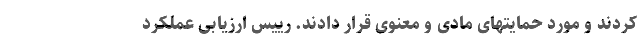
کردند و مورد حمایتهای مادی و معنوی قرار دادند. رییس ارزیابی عملکرد